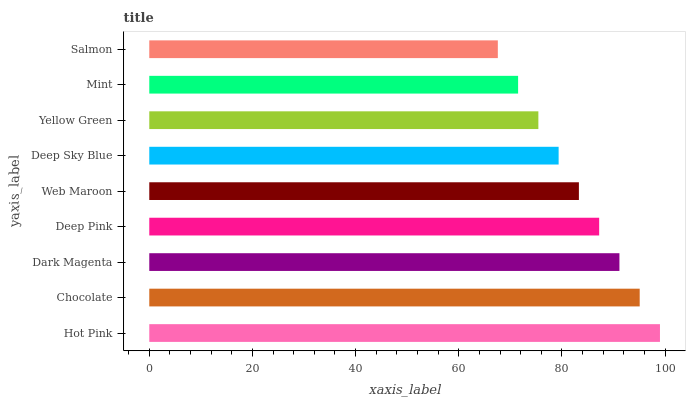
| yaxis_label | bars |
 | --- | --- |
 | Hot Pink | 99 |
 | Chocolate | 95.1 |
 | Dark Magenta | 91.1 |
 | Deep Pink | 87.2 |
 | Web Maroon | 83.3 |
 | Deep Sky Blue | 79.4 |
 | Yellow Green | 75.4 |
 | Mint | 71.5 |
 | Salmon | 67.6 |